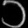
Digit: ၁